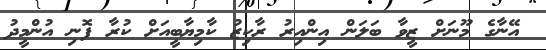
އޭނާގެ މޫނަށް ޒީވާ ބަލަން އިންއިރު ރާކިޒު ކާމިޔާބީއަށް ކުރާ ފޮނި އުންމީދު